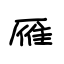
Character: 雁